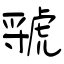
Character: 虢